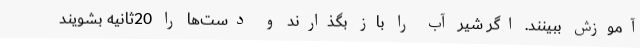
آموزش ببینند. اگر شیر آب را باز بگذارند و دست‌ها را 20ثانیه بشویند